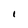
Character: 1